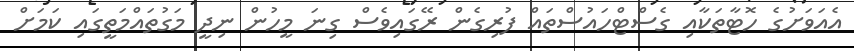
އެއަވަށުގެ ހޮޓާތަކާއި ގެސްޓްހައުސްތައް ފުރިގެން ރޭގައިވެސް ގިނަ މީހުން ނިދީ މަގުތައްމަތީގައި ކަމަށް